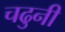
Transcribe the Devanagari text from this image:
चढुनी